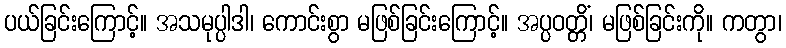
ပယ်ခြင်းကြောင့်။ အသမုပ္ပါဒါ၊ ကောင်းစွာ မဖြစ်ခြင်းကြောင့်။ အပ္ပဝတ္တိံ၊ မဖြစ်ခြင်းကို။ ကတွာ၊